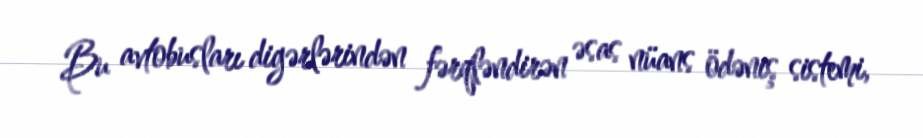
Bu avtobusları digərlərindən fərqləndirən əsas nüans ödəniş sistemi,